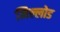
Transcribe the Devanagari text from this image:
निल्लोड